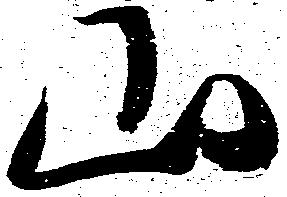
山